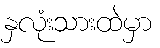
နှလုံးသားထဲမှာ